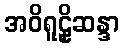
အဝိရူဠှိဆန္ဒာ